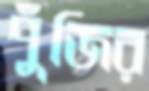
পুঁজির